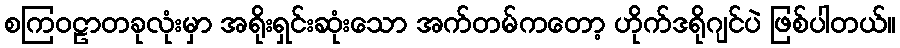
စကြဝဠာတခုလုံးမှာ အရိုးရှင်းဆုံးသော အက်တမ်ကတော့ ဟိုက်ဒရိုဂျင်ပဲ ဖြစ်ပါတယ်။